Vaccination in Bombay 1902-1912 - 1902-1912
Year: 1902
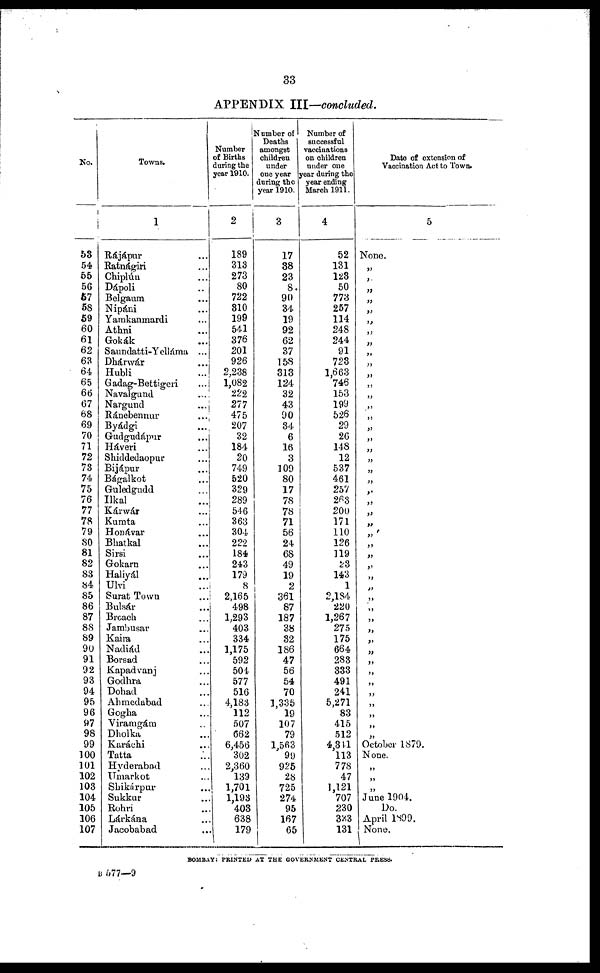
33
APPENDIX III—concluded.
No.
53
54
55
56
57
58
59
60
61
62
63
64
65
66
67
68
69
70
71
72
73
74
75
76
77
78
79
80
81
82
83
84
85
86
87
88
89
90
91
92
93
94
95
96
97
98
99
100
101
102
103
104
105
106
107
Towns.
1
Rájápur ...
Ratnágiri ...
Chiplún ...
Dápoli ...
Belgaum ...
Nipáni ...
Yamkanmardi ...
Athni ...
Gokák ...
Saundatti-Yelláma ...
Dhárwár ...
Hubli ...
Gadag-Bettigeri ...
Navalgund
...
Nargund ...
Ránebennur
...
Byádgi ...
Gudgudápur ...
Háveri ...
Shiddedaopur ...
Bijápur ...
Bágalkot ...
Guledgudd ...
Ilkal ...
Kánwár ...
Kumta ...
Honávar ...
Bhatkal ...
Sirsi ...
Gokarn ...
Haliyál ...
Ulvi ...
Surat Town ...
Bulsár ...
Broach ...
Jambusar ...
Kaira ...
Nadiád ...
Borsad ...
Kapadvanj ...
Godhra ...
Dohad ...
Ahmedabad ...
Gogha ...
Viramgám ...
Dholka ...
Karáchi ...
Tatta ...
Hyderabad ...
Umarkot ...
Shikárpur ...
Sukkur ...
Rohri ...
Lárkána ...
Jacobabad ...
Number
of Births
during the
year 1910.
2
189
313
273
80
722
310
199
541
376
201
926
2,238
1,082
222
277
475
207
32
184
20
749
520
329
289
546
363
304
222
184
243
179
8
2,165
498
1,293
403
334
1,175
592
504
577
516
4,183
112
507
662
6,456
302
2,360
139
1,701
1,193
403
638
179
Number of
Deaths
amongst
children
under
one year
during the
year 1910.
3
17
38
23
8
90
34
19
92
62
37
158
313
124
32
43
90
34
6
16
3
109
80
17
78
78
71
56
24
68
49
19
2
361
87
187
38
32
186
47
56
54
70
1,335
19
107
79
1,563
99
925
28
725
274
95
167
65
Number of
successful
vaccinations
on children
under one
year during the
year ending
March 1911.
4
52
131
123
50
773
257
114
248
244
91
723
1,663
746
153
199
526
29
26
148
12
537
461
257
263
200
171
110
126
119
23
143
1
2,184
220
1,267
275
175
664
283
333
491
241
5,271
83
415
512
4,341
113
778
47
1,121
707
230
333
131
Date of extension of
Vaccination Act to Town.
5
None.
„
„
„
„
„
„
„
„
„
„
„
„
„
„
„
„
„
„
„
„
„
„
„
„
„
„
„
„
„
„
„
„
„
„
„
„
„
„
„
„
„
„
„
„
„
October 1870.
None.
„
„
„
June 1904.
Do.
April 1899.
None.
BOMBAY: PRINTED AT THE GOVERNMENT CENTRAL PRESS.
B 577—9